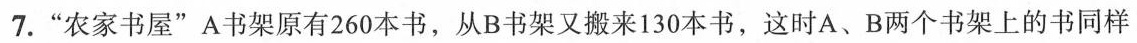
7.”农家书屋”A书架原有260本书，从B书架又搬来130本书，这时A、B两个书架上的书同样